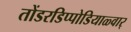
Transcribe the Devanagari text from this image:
तोंडरडिप्पोडियाळ्वार्